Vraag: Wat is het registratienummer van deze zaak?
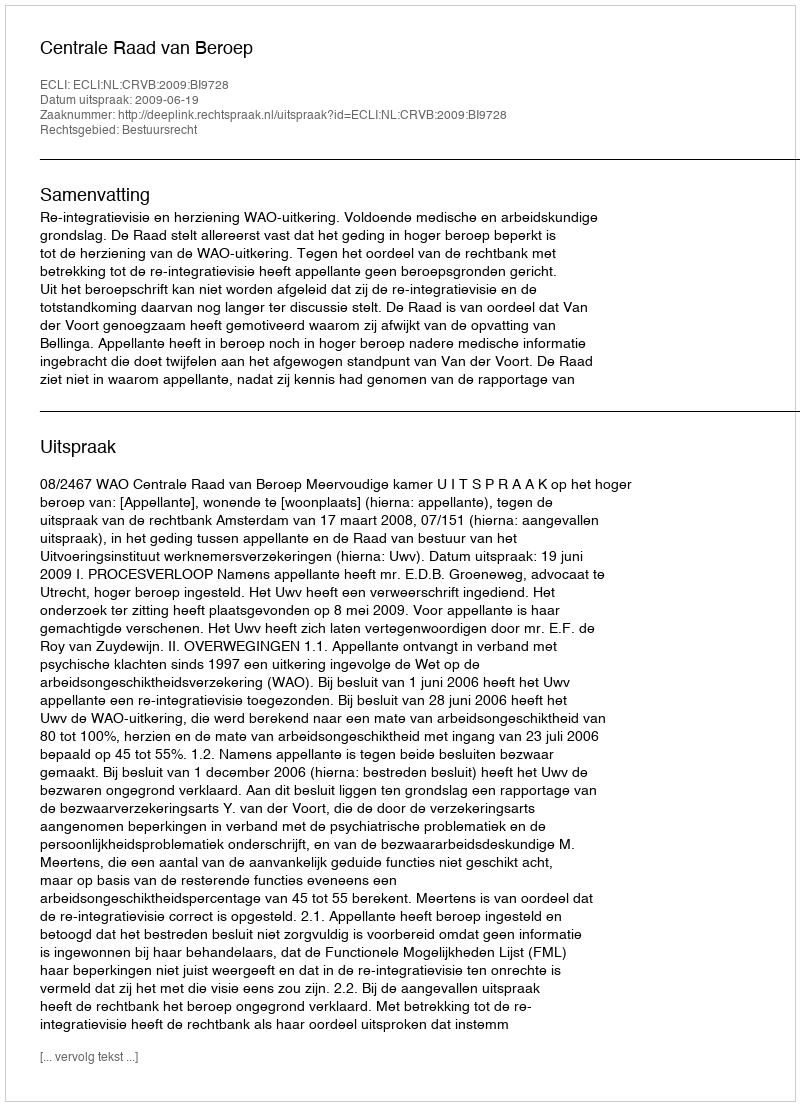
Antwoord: http://deeplink.rechtspraak.nl/uitspraak?id=ECLI:NL:CRVB:2009:BI9728